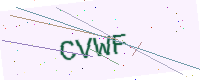
Text: CVWF